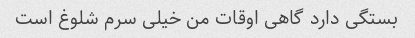
بستگی دارد گاهی اوقات من خیلی سرم شلوغ است